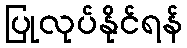
ပြုလုပ်နိုင်ရန်